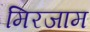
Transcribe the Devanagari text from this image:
मिरजाम